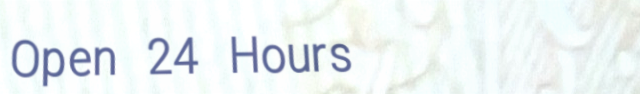
Open 24 Hours